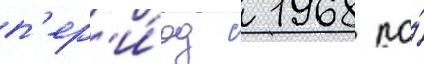
п'ер'и́од с 1968 по́